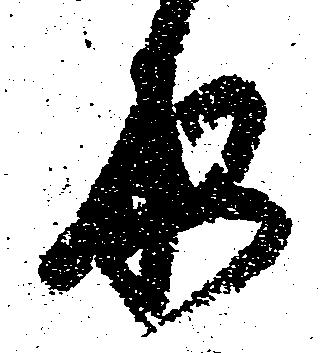
原